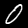
Label: 0